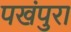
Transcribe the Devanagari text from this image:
पखंपुरा